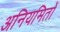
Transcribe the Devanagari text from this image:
अनियमितों